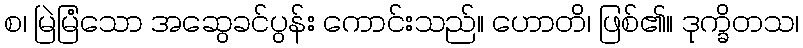
စ၊ မြဲမြံသော အဆွေခင်ပွန်း ကောင်းသည်။ ဟောတိ၊ ဖြစ်၏။ ဒုက္ခိတသ၊